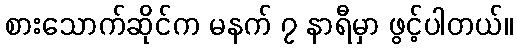
စားသောက်ဆိုင်က မနက် ၇ နာရီမှာ ဖွင့်ပါတယ်။